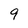
Character: 9